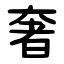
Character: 奢